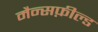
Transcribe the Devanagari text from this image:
मैन्सफ़ील्ड